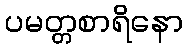
ပမတ္တစာရိနော